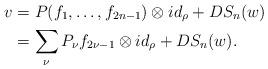
LaTeX: \begin{align*} v & = P(f_1, \ldots, f_{2n-1}) \otimes id_{\rho} + DS_n(w) \\ & = \sum_{\nu} P_\nu f_{2\nu -1} \otimes id_{\rho} + DS_n(w).\end{align*}